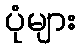
ပုံများ